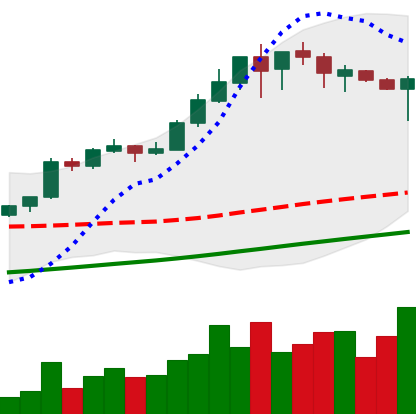
Ticker: BTC-USD
Chart end date: 2017-08-22
Forward return: 6.886%
Label: up_5_7